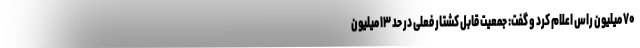
۷۰ میلیون راس اعلام کرد و گفت: جمعیت قابل کشتار فعلی در حد ۱۳ میلیون